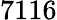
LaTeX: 7116